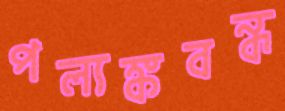
পল্যঙ্কবন্ধ